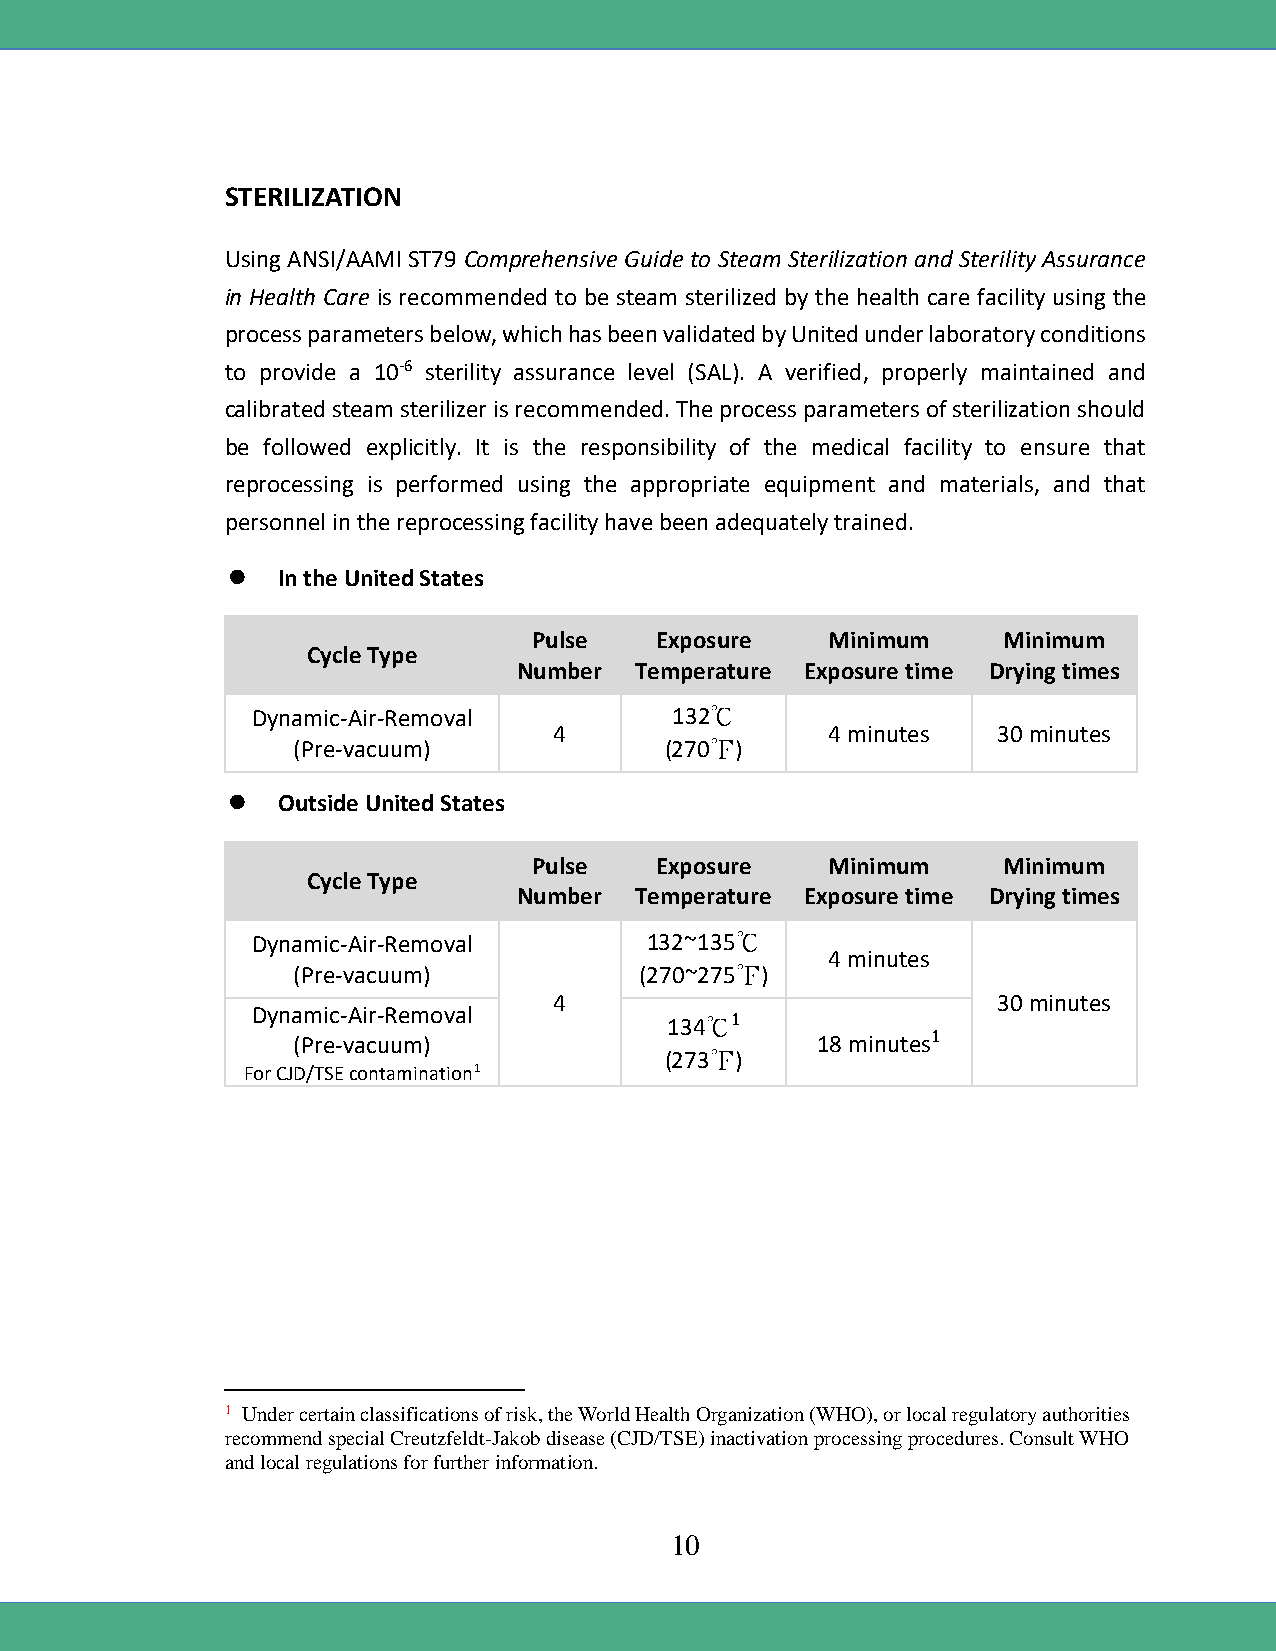
STERILIZATION
 Using ANSI/AAMI ST79 Comprehensive Guide to Steam Sterilization and Sterility Assurance
 in Health Care is recommended to be steam sterilized by the health care facility using the
 process parameters below, which has been validated by United under laboratory conditions
 to provide a 10-6 sterility assurance level (SAL). A verified, properly maintained and
 calibrated steam sterilizer is recommended. The process parameters of sterilization should
 be followed explicitly. It is the responsibility of the medical facility to ensure that
 reprocessing is performed using the appropriate equipment and materials, and that
 personnel in the reprocessing facility have been adequately trained.
   In the United States
 Pulse   Exposure    Minimum    Minimum
 Cycle Type
 Number  Temperature Exposure time Drying times
 Dynamic-Air-Removal        132℃
 4                 4 minutes  30 minutes
 (Pre-vacuum)             (270℉)
   Outside United States
 Pulse   Exposure    Minimum    Minimum
 Cycle Type
 Number  Temperature Exposure time Drying times
 Dynamic-Air-Removal       132~135℃
 4 minutes
 (Pre-vacuum)           (270~275℉)
 4                            30 minutes
 Dynamic-Air-Removal
 134℃1
 (Pre-vacuum)                       18 minutes1
 (273℉)
 For CJD/TSE contamination1
 1 Under certain classifications of risk, the World Health Organization (WHO), or local regulatory authorities
 recommend special Creutzfeldt-Jakob disease (CJD/TSE) inactivation processing procedures. Consult WHO
 and local regulations for further information.
 10